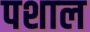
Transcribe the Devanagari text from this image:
पशाल